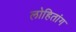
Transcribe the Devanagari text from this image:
लोहितांग